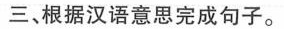
三、根据汉语意思完成句子。